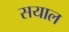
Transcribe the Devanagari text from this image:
सयाल